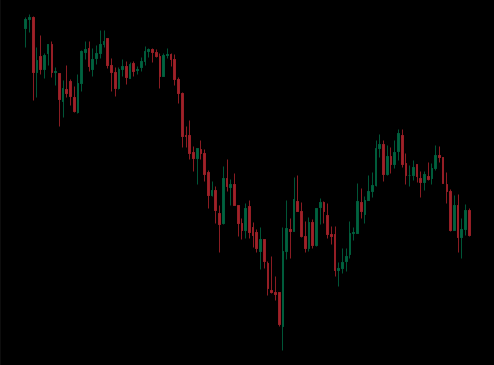
Pattern: unclassified